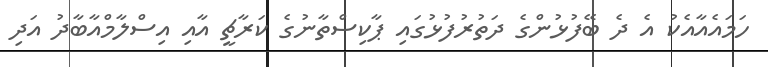
ހަމައެއާއެކު އެ ދެ ބޭފުޅުންގެ ދަތުރުފުޅުގައި ޕާކިސްތާނުގެ ކަރާޗީ އާއި އިސްލާމްއާބާދު އަދި